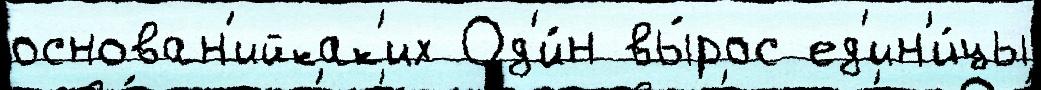
основан'ийкак'их Од'и́н вы́рос ед'ин'и́цы